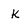
Character: k